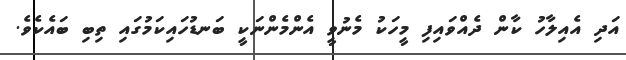
އަދި އެއިލާހު ކާން ދެއްވައިފި މީހަކު މެނުވީ އެންމެންނަކީ ބަނޑުހައިކަމުގައި ތިބި ބައެކެވެ.